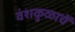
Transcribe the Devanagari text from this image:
वंशकुळाचें